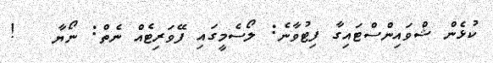
ކުޅެން ޝްވައިންސްޓައިގާ ފިޓުވާނެ: ލޯސެމީގައި ފޭވަރިޓެއް ނެތް: ނޯޔާ   !